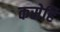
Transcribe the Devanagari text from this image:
कसेहि